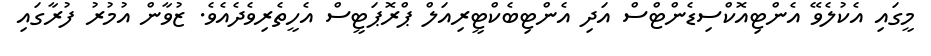
މީގައި އެކުލެވޭ އެންޓިއޮކްސިޑެންޓްސް އަދި އެންޓިބެކްޓީރިއަލް ޕްރޮޕަޓީސް އެހީތެރިވެދެއެވެ. ޒުވާން އުމުރު ފުރާގައި